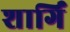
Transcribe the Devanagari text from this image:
शार्गिं